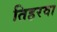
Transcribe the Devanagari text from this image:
तिहरवा